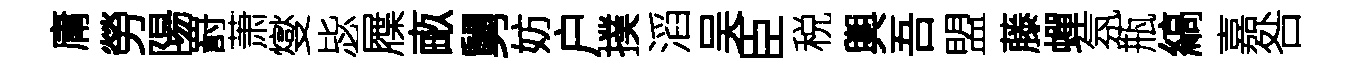
庸勞陽罸萧燮毖屧畞舅妨户撲滔吴臣税輿吾盟藤蟬氛瓶縞嘉咎